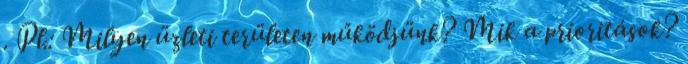
. Pl.: Milyen üzleti területen működjünk? Mik a prioritások?